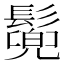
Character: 𩮷